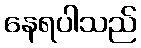
နေရပါသည်